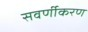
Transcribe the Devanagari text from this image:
सवर्णीकरण